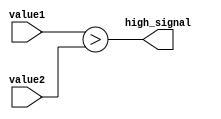
module greaterthan_comparator (
    input wire [7:0] value1,
    input wire [7:0] value2,
    output wire high_signal
);

assign high_signal = (value1 > value2);

endmodule